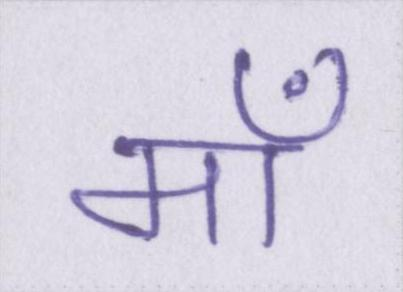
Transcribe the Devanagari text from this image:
माँ